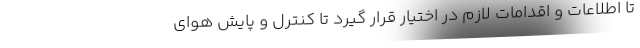
تا اطلاعات و اقدامات لازم در اختیار قرار گیرد تا کنترل و پایش هوای